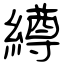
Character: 繜